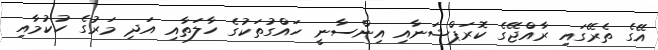
އޭގެ ތެރޭގައި ރާއްޖޭގެ ކޮރަޕްޝަނާއި އިންސާނީ ހައްގުތަކުގެ ހާލަތާއި އަދި މަރުގެ ހުކުމާއި